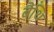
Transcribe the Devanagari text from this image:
बैथि